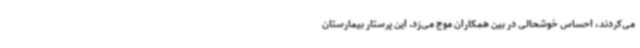
می‌کردند، احساس خوشحالی در بین همکاران موج می‌زد. این پرستار بیمارستان